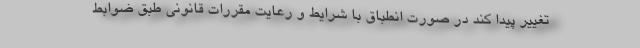
تغییر پیدا کند در صورت انطباق با شرایط و رعایت مقررات قانونی طبق ضوابط